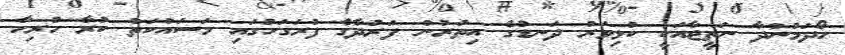
ހޯދަމުންދާ ނަތީޖާއަކީ ކުޅިވަރު ދަނޑުގެ އިތުރުން ފަރުދާގެ ފުރަގަހުގައި މަސައްކަތް ކުރާ ހުރިހާ